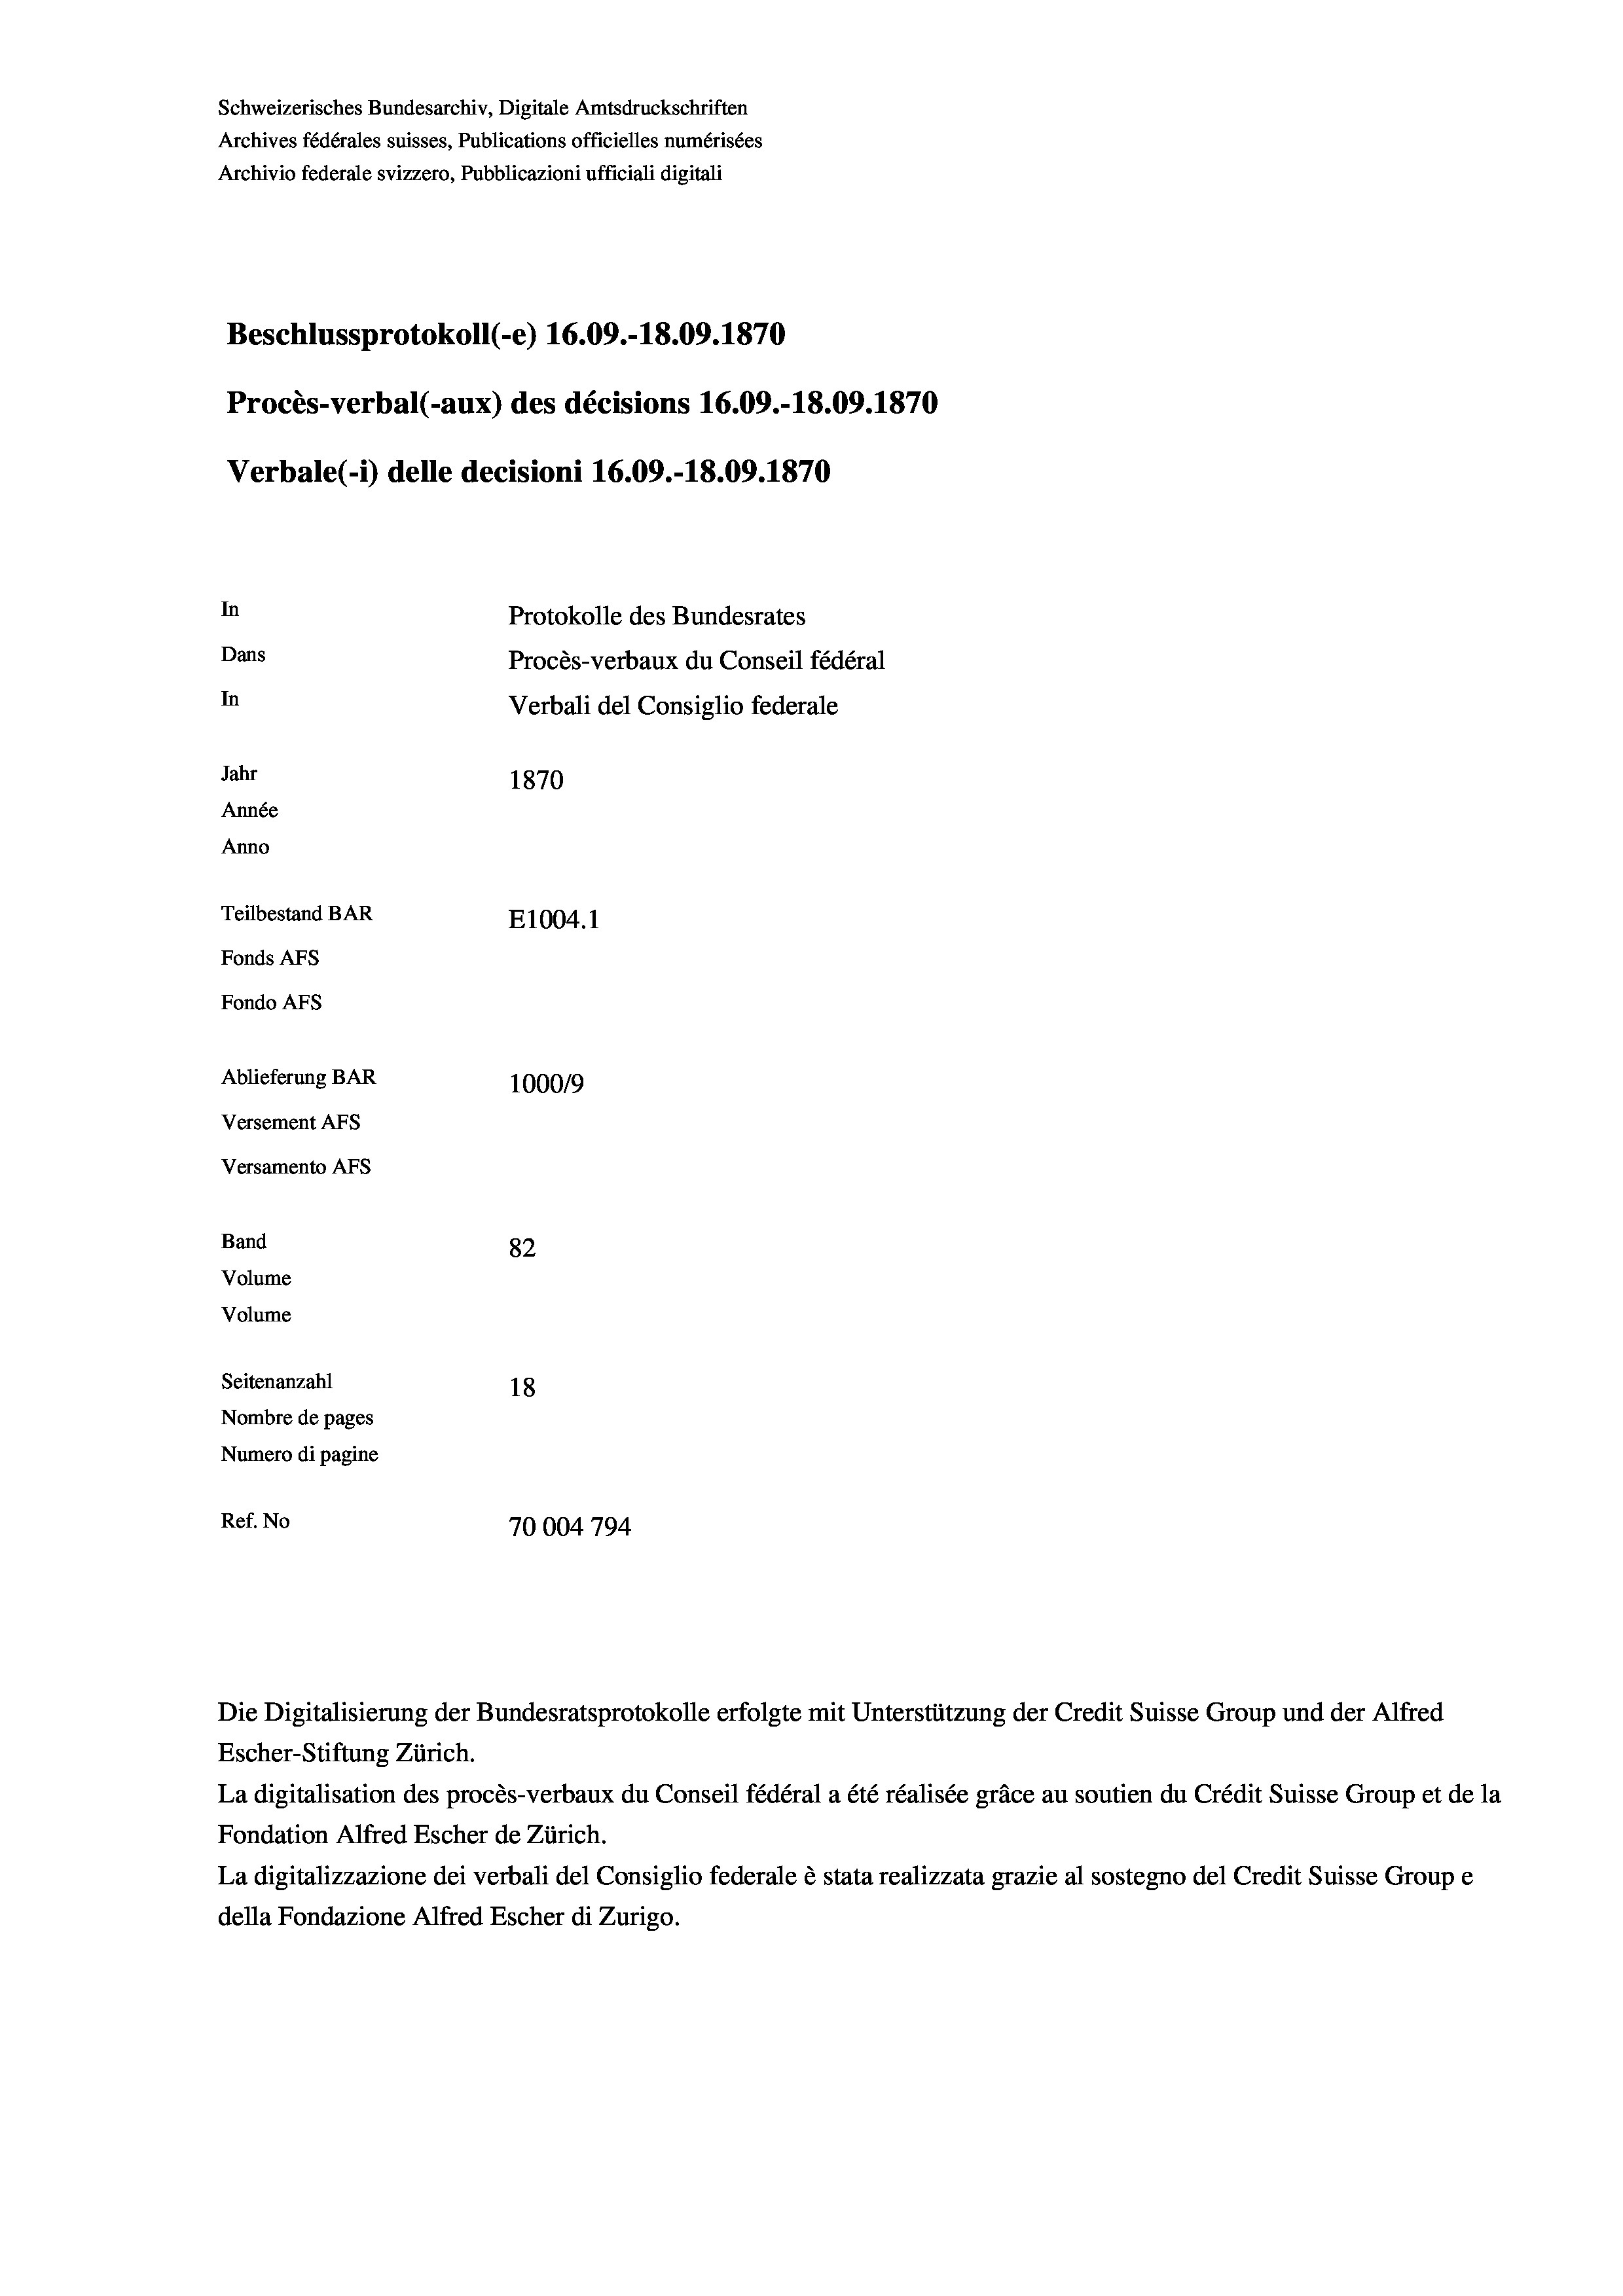
Schweizerisches Bundesarchiv, Digitale Amtsdruckschriften
Archives fédérales suisses, Publications officielles numérisées
Archivio federale svizzero, Pubblicazioni ufficiali digitali
Beschlussprotokoll (-e) 16.09.-18.09. 1870
Procès-verbal (-aux) des décisions 16.09.-18.09. 1870
Verbale(-*) delle decisioni 16.09.-18.09. 1870
In
Protokolle des Bundesrates
Dans
Procès-verbaux du Conseil fédéral
In
Verbali del Consiglio federale
Jahr
1870
Année
Anno
Teilbestand BAR
E1004. 1
Fonds AFs
Fondo AFS
Ablieferung BAR
100019
Versement AFs

Versamento AFs
Band
Volume
Volume

82
Seitenanzahl
18
Nombre de pages
Numero di pagine
Ref. No
70004794

Die Digitalisierung der Bundesratsprotokolle erfolgte mit Unterstützung der Credit Suisse Group und der Alfred
Escher-Stiftung Zürich.
La digitalisation des procès-verbaux du Conseil fédéral a été réalisée gräce au soutien du Crédit Suisse Group et de la
Fondation Alfred Escher de Zürich.
La digitalizzazione dei verbali del Consiglio federale è stata realizzata grazie al sostegno del Credit Suisse Groupe
della Fondazione Alfred Escher di Zurigo.